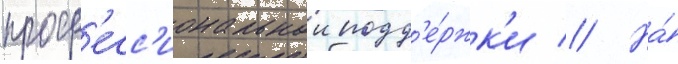
проф'есс'иональнои подд'е́ржк'и // На́